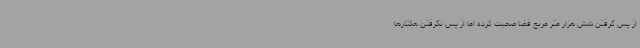
از پس گرفتن شش هزار متر مربع فضا صحبت کرده اما از پس نگرفتن هکتارها